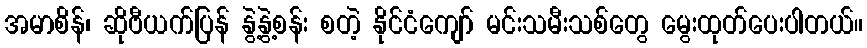
အမာစိန်၊ ဆိုဗီယက်ပြန် နွဲ့နွဲ့စန်း စတဲ့ နိုင်ငံကျော် မင်းသမီးသစ်တွေ မွေးထုတ်ပေးပါတယ်။